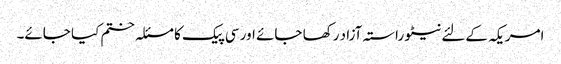
امریکہ کےلئے نیٹو راستہ آزاد رکھا جائے اور سی پیک کا مسئلہ ختم کیا جائے۔